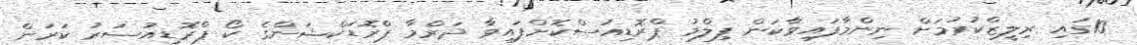
10ގައި ރިލީޒްކުރުމަށް ނިންމާފައިވާކަން ފިލްމު ޕްރޮޑިއުސްކޮށްފައިވާ ދަރްމާ ޕްރޮޑަކްޝަންގެ ކޯ ޕްރޮޑިއުސަރު ކަރަން